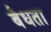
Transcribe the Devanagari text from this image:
बैधता